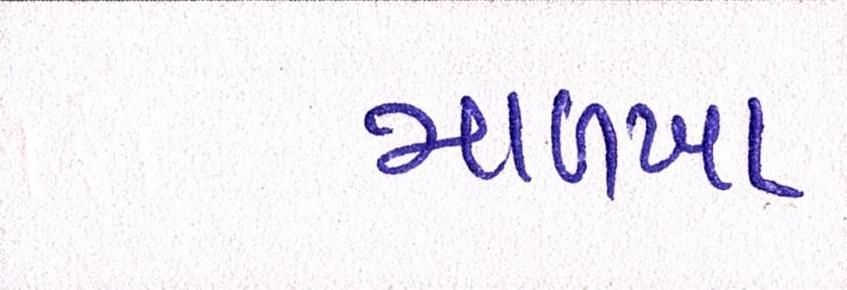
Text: માળખા